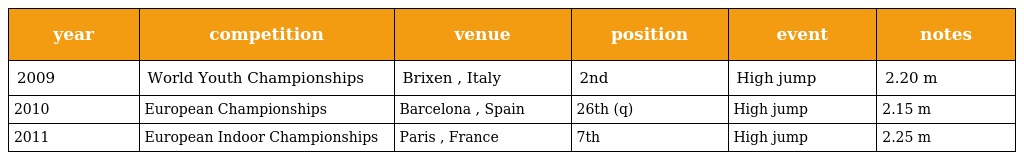
| year | competition | venue | position | event | notes |
 | --- | --- | --- | --- | --- | --- |
 | 2009 | World Youth Championships | Brixen , Italy | 2nd | High jump | 2.20 m |
 | 2010 | European Championships | Barcelona , Spain | 26th (q) | High jump | 2.15 m |
 | 2011 | European Indoor Championships | Paris , France | 7th | High jump | 2.25 m |